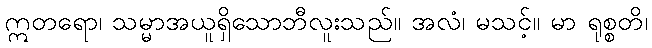
ဣတရော၊ သမ္မာအယူရှိသောဘီလူးသည်။ အလံ၊ မသင့်။ မာ ရုစ္စတိ၊